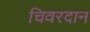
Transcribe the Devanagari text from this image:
चिवरदान